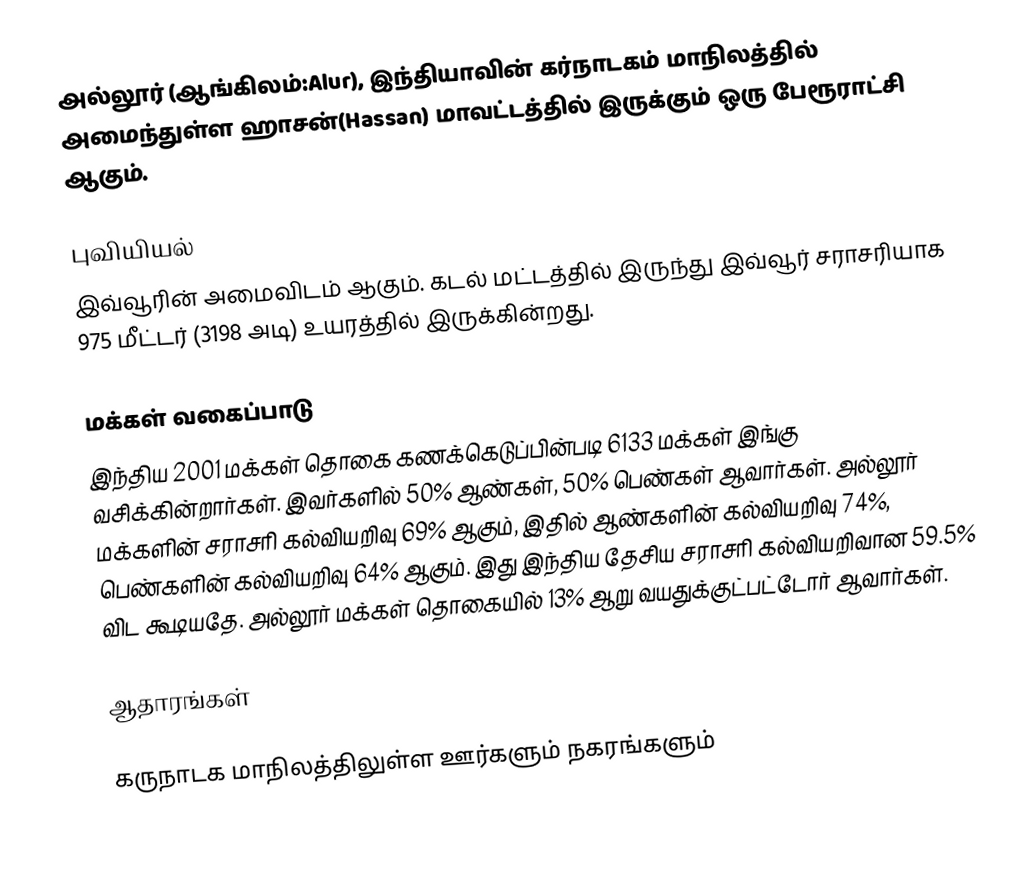
அல்லூர் (ஆங்கிலம்:Alur), இந்தியாவின் கர்நாடகம் மாநிலத்தில் அமைந்துள்ள ஹாசன்(Hassan) மாவட்டத்தில் இருக்கும் ஒரு பேரூராட்சி ஆகும்.

புவியியல்
இவ்வூரின் அமைவிடம்  ஆகும். கடல் மட்டத்தில் இருந்து இவ்வூர் சராசரியாக 975 மீட்டர் (3198 அடி) உயரத்தில் இருக்கின்றது.

மக்கள் வகைப்பாடு
இந்திய 2001 மக்கள் தொகை கணக்கெடுப்பின்படி 6133 மக்கள் இங்கு வசிக்கின்றார்கள். இவர்களில் 50% ஆண்கள், 50% பெண்கள் ஆவார்கள். அல்லூர் மக்களின் சராசரி கல்வியறிவு 69% ஆகும், இதில் ஆண்களின் கல்வியறிவு 74%, பெண்களின் கல்வியறிவு 64% ஆகும். இது இந்திய தேசிய சராசரி கல்வியறிவான 59.5% விட கூடியதே. அல்லூர் மக்கள் தொகையில் 13% ஆறு வயதுக்குட்பட்டோர் ஆவார்கள்.

ஆதாரங்கள்

கருநாடக மாநிலத்திலுள்ள ஊர்களும் நகரங்களும்